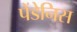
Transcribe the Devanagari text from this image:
पेंडेनिस